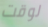
لوقت